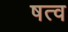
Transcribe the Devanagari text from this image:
षत्व